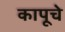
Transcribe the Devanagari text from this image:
कापूचे